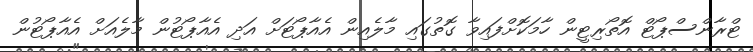
ޓްރާންސްޕޯޓް އޮތޯރިޓީން ހާމަކޮށްފައިވާ ގޮތުގައި މާލެއިން އެއާޕޯޓަށް އަދި އެއާޕޯޓުން މާލެއަށް އެއާޕޯޓުން